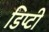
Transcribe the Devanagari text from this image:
डिप्‍टी